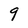
Character: 9